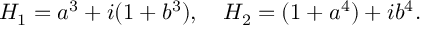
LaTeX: { \cal H } _ { 1 } = a ^ { 3 } + i ( 1 + b ^ { 3 } ) , \quad { \cal H } _ { 2 } = ( 1 + a ^ { 4 } ) + i b ^ { 4 } .